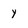
Character: y